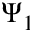
\Psi _ { 1 }